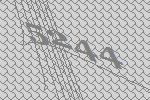
5244